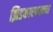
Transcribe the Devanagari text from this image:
झिडकारण्याच्या